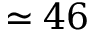
\simeq 4 6